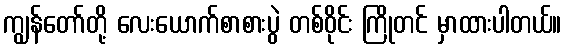
ကျွန်တော်တို့ လေးယောက်စာစားပွဲ တစ်ဝိုင်း ကြိုတင် မှာထားပါတယ်။